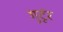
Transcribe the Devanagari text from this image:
गुटूंर